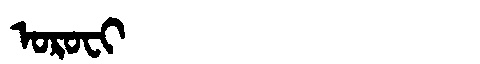
Manchu: ᠣᡵᠣᠸᡳ
Romanization: OROFI